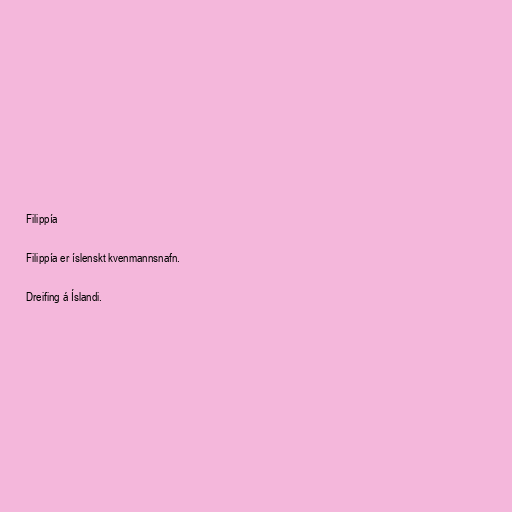
Filippía

Filippía er íslenskt kvenmannsnafn.

Dreifing á Íslandi.